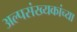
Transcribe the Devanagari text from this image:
अल्पसंख्यकांच्या